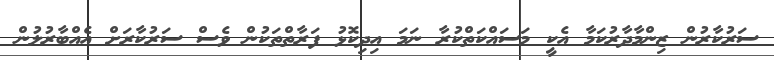
ސަރުކާރުން ޒިންމާދާރުކަމާ އެކީ މަސައްކަތްކުރާ ނަމަ އިދިކޮޅު ފަރާތްތަކުން ވެސް ސަރުކާރަށް އެއްބާރުލުން